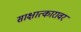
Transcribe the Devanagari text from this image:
साक्षात्कारावर